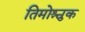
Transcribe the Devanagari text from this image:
तिमोश्चुक